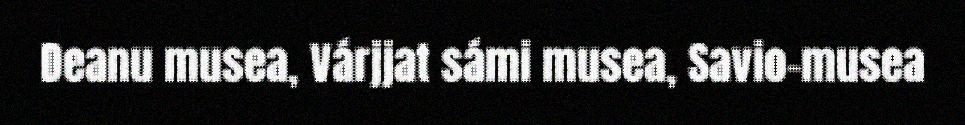
Deanu musea, Várjjat sámi musea, Savio-musea